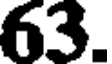
63.